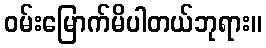
ဝမ်းမြောက်မိပါတယ်ဘုရား။